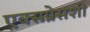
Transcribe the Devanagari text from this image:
एक्सप्रेसशी